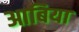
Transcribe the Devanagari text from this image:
आबिया